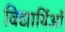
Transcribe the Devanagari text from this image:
विद्यार्थिओं